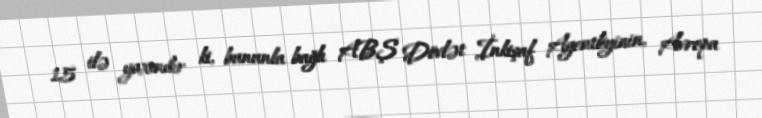
15 ilə yaxındır ki, bununla bağlı ABŞ Dövlət İnkişaf Agentliyinin, Avropa